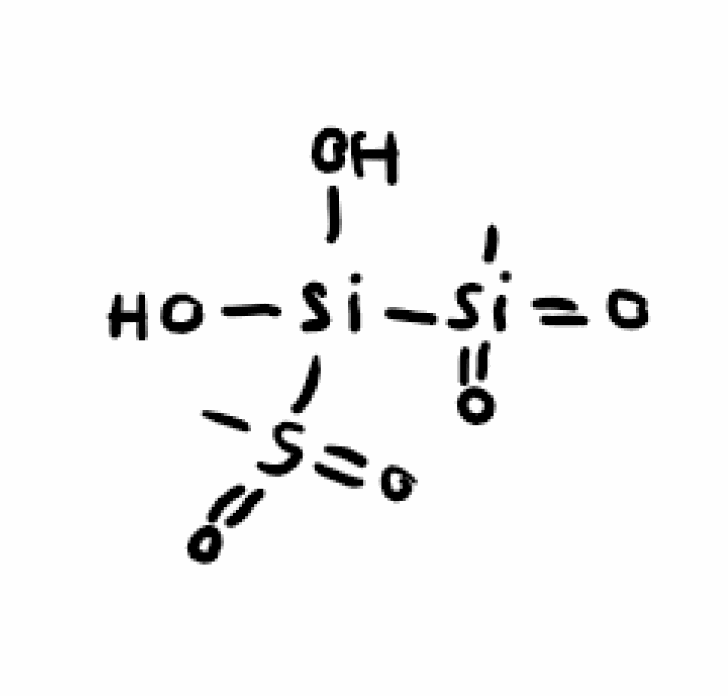
Simplified molecular-input line-entry system (SMILES) notation of the given molecule:
CS(=O)(=O)[Si](O)(O)S(=O)(=O)C